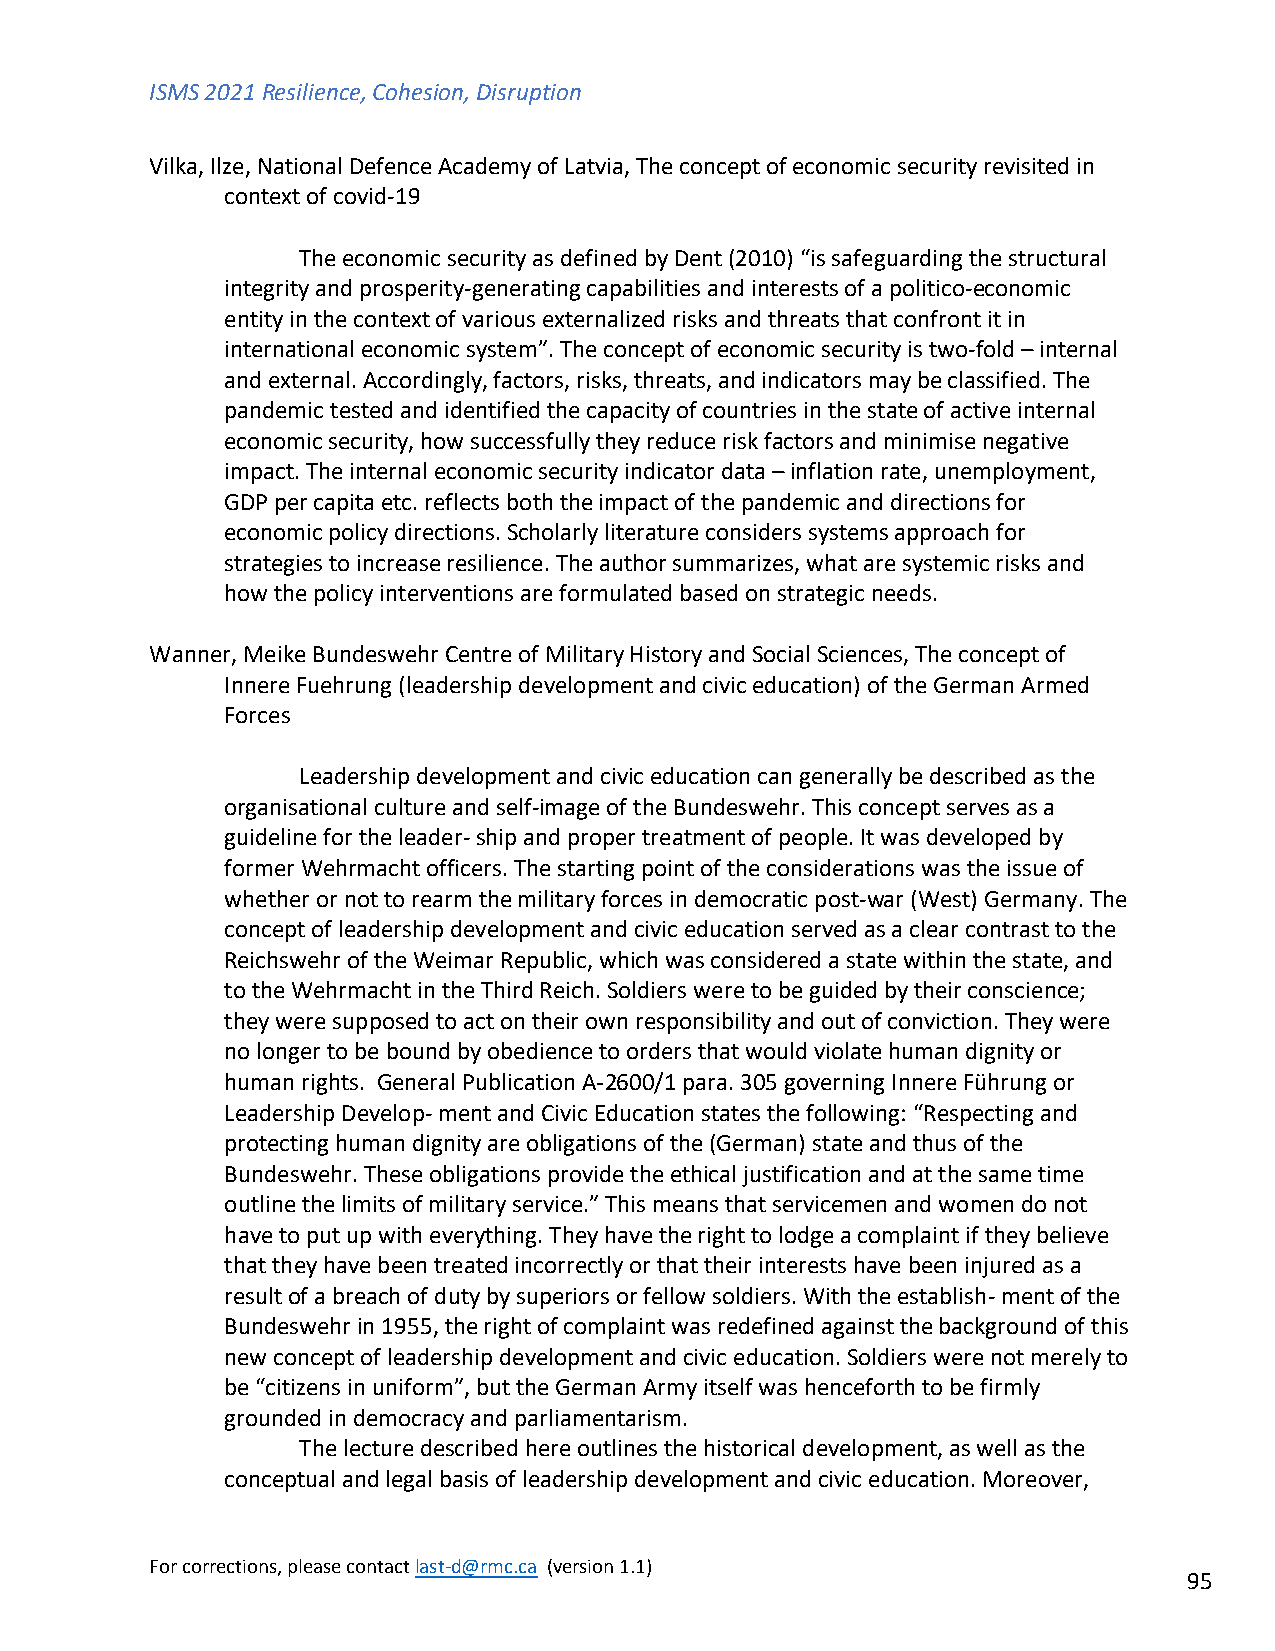
ISMS 2021 Resilience, Cohesion, Disruption
 Vilka, Ilze, National Defence Academy of Latvia, The concept of economic security revisited in
 context of covid-19
 The economic security as defined by Dent (2010) “is safeguarding the structural
 integrity and prosperity-generating capabilities and interests of a politico-economic
 entity in the context of various externalized risks and threats that confront it in
 international economic system”. The concept of economic security is two-fold – internal
 and external. Accordingly, factors, risks, threats, and indicators may be classified. The
 pandemic tested and identified the capacity of countries in the state of active internal
 economic security, how successfully they reduce risk factors and minimise negative
 impact. The internal economic security indicator data – inflation rate, unemployment,
 GDP per capita etc. reflects both the impact of the pandemic and directions for
 economic policy directions. Scholarly literature considers systems approach for
 strategies to increase resilience. The author summarizes, what are systemic risks and
 how the policy interventions are formulated based on strategic needs.
 Wanner, Meike Bundeswehr Centre of Military History and Social Sciences, The concept of
 Innere Fuehrung (leadership development and civic education) of the German Armed
 Forces
 Leadership development and civic education can generally be described as the
 organisational culture and self-image of the Bundeswehr. This concept serves as a
 guideline for the leader- ship and proper treatment of people. It was developed by
 former Wehrmacht officers. The starting point of the considerations was the issue of
 whether or not to rearm the military forces in democratic post-war (West) Germany. The
 concept of leadership development and civic education served as a clear contrast to the
 Reichswehr of the Weimar Republic, which was considered a state within the state, and
 to the Wehrmacht in the Third Reich. Soldiers were to be guided by their conscience;
 they were supposed to act on their own responsibility and out of conviction. They were
 no longer to be bound by obedience to orders that would violate human dignity or
 human rights. General Publication A-2600/1 para. 305 governing Innere Führung or
 Leadership Develop- ment and Civic Education states the following: “Respecting and
 protecting human dignity are obligations of the (German) state and thus of the
 Bundeswehr. These obligations provide the ethical justification and at the same time
 outline the limits of military service.” This means that servicemen and women do not
 have to put up with everything. They have the right to lodge a complaint if they believe
 that they have been treated incorrectly or that their interests have been injured as a
 result of a breach of duty by superiors or fellow soldiers. With the establish- ment of the
 Bundeswehr in 1955, the right of complaint was redefined against the background of this
 new concept of leadership development and civic education. Soldiers were not merely to
 be “citizens in uniform”, but the German Army itself was henceforth to be firmly
 grounded in democracy and parliamentarism.
 The lecture described here outlines the historical development, as well as the
 conceptual and legal basis of leadership development and civic education. Moreover,
 For corrections, please contact last-d@rmc.ca (version 1.1)
 95